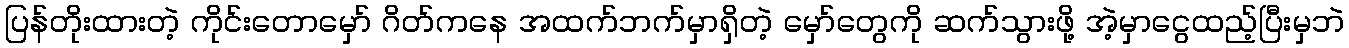
ပြန်တိုးထားတဲ့ ကိုင်းတောမှော် ဂိတ်ကနေ အထက်ဘက်မှာရှိတဲ့ မှော်တွေကို ဆက်သွားဖို့ အဲ့မှာငွေထည့်ပြီးမှဘဲ